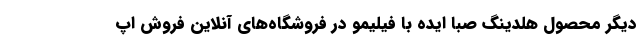
دیگر محصول هلدینگ صبا ایده با فیلیمو در فروشگاه‌های آنلاین فروش اپ